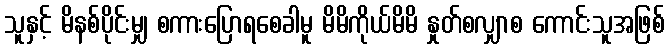
သူနှင့် မိနစ်ပိုင်းမျှ စကားပြောရစေခါမူ မိမိကိုယ်မိမိ နှုတ်စလျှာစ ကောင်းသူအဖြစ်